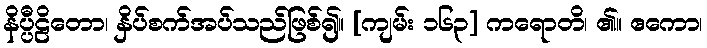
နိပ္ပီဠိတော၊ နှိပ်စက်အပ်သည်ဖြစ်၍။ [ကျမ်း ၁၆၃] ကရောတိ၊ ၏။ ဧကော၊